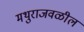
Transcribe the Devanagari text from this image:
मथुराजवळील